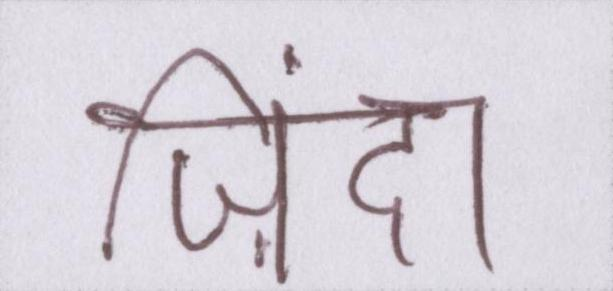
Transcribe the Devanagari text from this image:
ज़िंदा